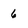
Character: 6